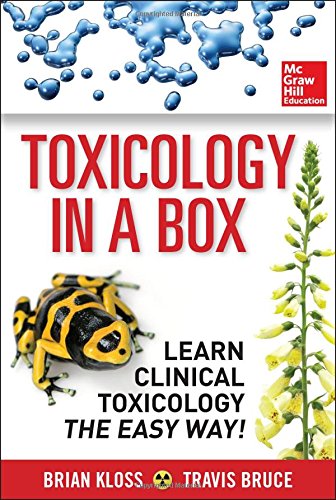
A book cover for Toxicology in a Box; Brian Kloss; Medical Books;